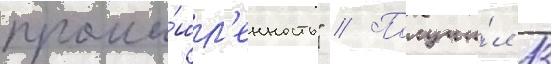
промы́шл'енность" // Получи́л 13